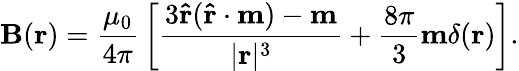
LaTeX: \mathbf{B}(\mathbf{r})={\frac{\mu_{0}}{4\pi}}\left[{\frac{3\mathbf{\hat{r}}(\mathbf{\hat{r}}\cdot\mathbf{m})-\mathbf{m}}{|\mathbf{r}|^{3}}}+{\frac{8\pi}{3}}\mathbf{m}\delta(\mathbf{r})\right].